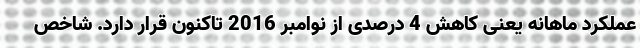
عملکرد ماهانه یعنی کاهش 4 درصدی از نوامبر 2016 تاکنون قرار دارد. شاخص